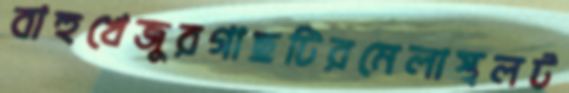
বাহুখেজুরগাছটিরমেলাস্থলট